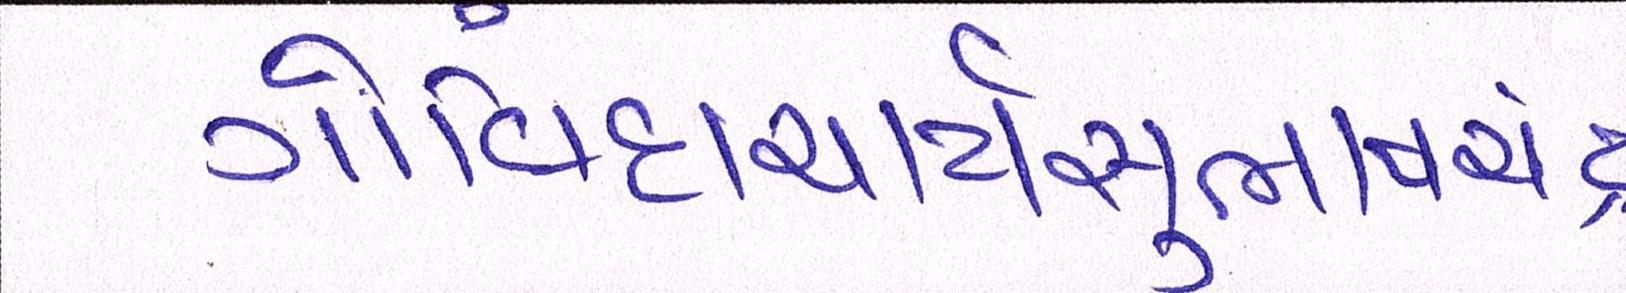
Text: ગોવિંદાચાર્યસુભાષચંદ્ર